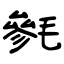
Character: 毿